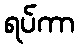
ရပ်ကာ